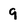
Character: 9